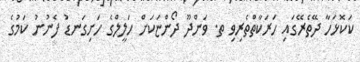
ކަކޮޅަހާ ދޭތެރޭގައި ހަރަކާތްތެރިވި ތ. ވަންދޫ ދޯންޏަކަށް ހަލީލްގެ ހަށިގަނޑު ފެނުނު ކަމުގެ